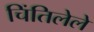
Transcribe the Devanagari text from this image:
चिंतिलेले